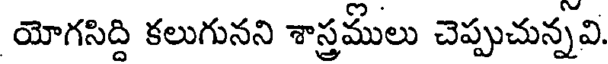
యోగసిద్ది కలుగునని శాస్త్రములు చెప్పుచున్నవి.